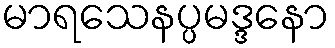
မာရသေနပ္ပမဒ္ဒနော